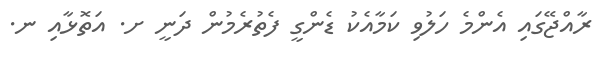
ރާއްޖޭގައި އެންމެ ހަލުވި ކަމާއެކު ޑެންގީ ފެތުރެމުން ދަނީ ށ. އަތޮޅާއި ނ.